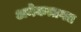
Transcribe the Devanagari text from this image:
अनेकतागत